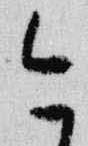
今